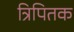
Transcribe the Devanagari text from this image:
त्रिपितक